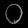
Digit: ၀